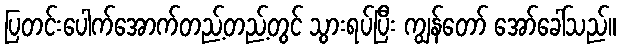
ပြတင်းပေါက်အောက်တည့်တည့်တွင် သွားရပ်ပြီး ကျွန်တော် အော်ခေါ်သည်။